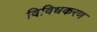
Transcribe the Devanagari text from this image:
विविधकरण